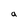
Character: a